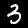
Label: 3